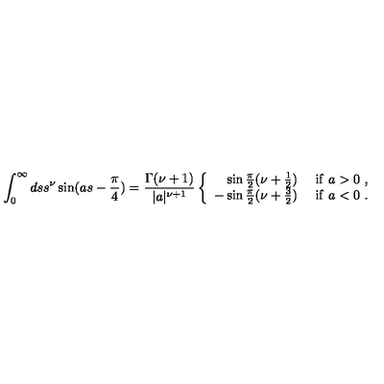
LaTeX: \int _ { 0 } ^ { \infty } d s s ^ { \nu } \sin ( a s - \frac { \pi } { 4 } ) = \frac { \Gamma ( \nu + 1 ) } { | a | ^ { \nu + 1 } } \left\{ \begin{array} { r l } { \sin \frac { \pi } { 2 } ( \nu + \frac { 1 } { 2 } ) } & { \ \mathrm { i f } \ a > 0 \ , } \\ { - \sin \frac { \pi } { 2 } ( \nu + \frac { 3 } { 2 } ) } & { \ \mathrm { i f } \ a < 0 \ . } \\ \end{array} \right.